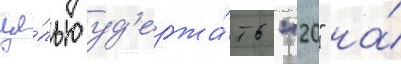
це́лью уд'ержа́ть "20" на́